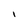
Character: I